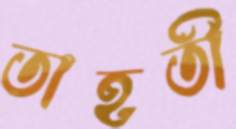
তাহতী